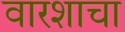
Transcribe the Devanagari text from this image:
वारशाचा